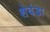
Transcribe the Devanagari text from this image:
शेवंडा